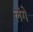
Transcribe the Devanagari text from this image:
लंगे